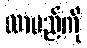
လာမည်ကို